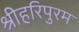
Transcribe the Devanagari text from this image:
श्रीहरिपुरम